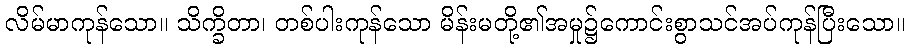
လိမ်မာကုန်သော။ သိက္ခိတာ၊ တစ်ပါးကုန်သော မိန်းမတို့၏အမှု၌ကောင်းစွာသင်အပ်ကုန်ပြီးသော။